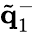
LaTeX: \tilde{\mathbf q}_{1}^{-}